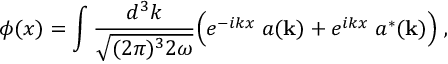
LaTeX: \phi ( x ) = \int { \frac { d ^ { 3 } k } { \sqrt { ( 2 \pi ) ^ { 3 } 2 \omega } } } \Big ( e ^ { - i k x } \; a ( { \bf k } ) + e ^ { i k x } \; a ^ { * } ( { \bf k } ) \Big ) \; ,